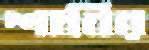
শাবির